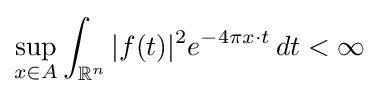
\sup _{x\in A}\int _{\mathbb {R} ^{n}}|f(t)|^{2}e^{-4\pi x\cdot t}\,dt<\infty